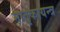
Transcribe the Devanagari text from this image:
मातृकायन्त्र